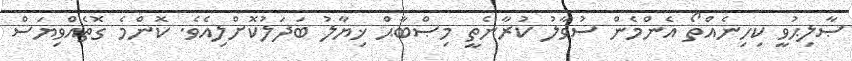
ޞާލިޙުވީ ކިހިނެއްތޯ އެންމެން ސުވާލު ކުރާނެތީ މިޞްބާޙް ޚިޔާލު ބަދަލުކޮށްލިއެވެ. ކޮންމެ ގޮތެއްވިޔަސް